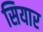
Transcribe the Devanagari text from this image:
सियार